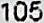
105